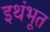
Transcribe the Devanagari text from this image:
इथंभूत